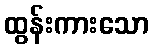
ထွန်းကားသော